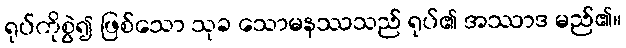
ရုပ်ကိုစွဲ၍ ဖြစ်သော သုခ သောမနဿသည် ရုပ်၏ အဿာဒ မည်၏။